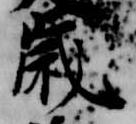
歳